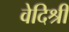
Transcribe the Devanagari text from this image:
वेदिश्री